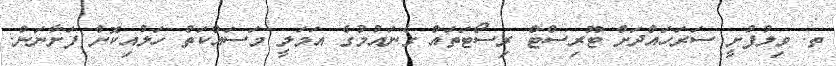
ތ. ވިލުފުށީ ސަރަހައްދަށް ޓޫރިސްޓް ރިސޯޓަތައް ގެނައުމުގެ އަމަލީ މަސައްކަތް ހަލުއިކޮށް ފަށާނަން.